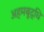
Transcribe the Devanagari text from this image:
अहमबूद्धि